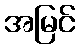
အမြင်